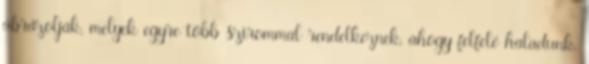
ábrázolják, melyek egyre több szirommal rendelkeznek, ahogy felfelé haladunk.